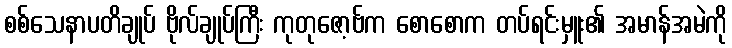
စစ်သေနာပတိချုပ် ဗိုလ်ချုပ်ကြီး ကုတုဇော့ဗ်က စောစောက တပ်ရင်းမှူး၏ အမာန်အမဲကို